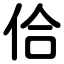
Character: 佮